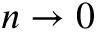
n \to 0